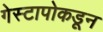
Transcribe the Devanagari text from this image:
गेस्टापोकडून